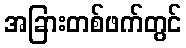
အခြားတစ်ဖက်တွင်